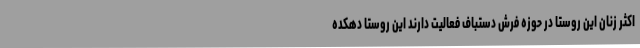
اکثر زنان این روستا در حوزه فرش دستباف فعالیت دارند این روستا دهکده‌